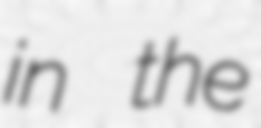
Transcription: in the